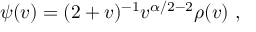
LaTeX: \psi ( v ) = ( 2 + v ) ^ { - 1 } v ^ { \alpha / 2 - 2 } \rho ( v ) ~ ,